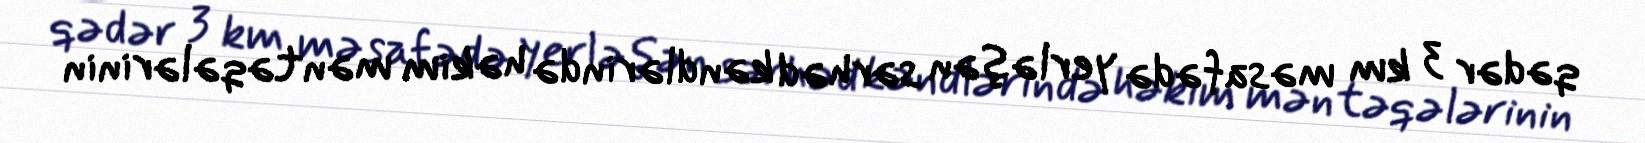
qədər 3 km məsafədə yerləşən sərhəd kəndlərində həkim məntəqələrinin